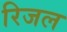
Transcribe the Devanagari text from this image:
रिजल